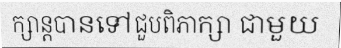
ក្សាន្តបានទៅជួបពិភាក្សា ជាមួយ